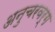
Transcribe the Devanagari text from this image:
अनुचरवर्ग